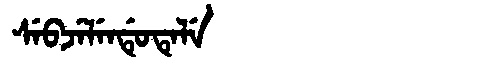
Manchu: ᠰᡝᠪᠵᡝᠯᡝᠨᡩᡠᡨᡝᠯᡝ
Romanization: SEBJELENDUTELE